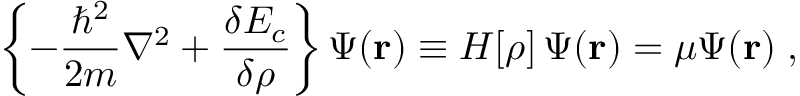
\left\{ - \frac { \hbar ^ { 2 } } { 2 m } \nabla ^ { 2 } + \frac { \delta { \cal E } _ { c } } { \delta \rho } \right\} \Psi ( { \mathbf r } ) \equiv { \cal H } [ \rho ] \, \Psi ( { \mathbf r } ) = \mu \Psi ( { \mathbf r } ) \; ,